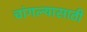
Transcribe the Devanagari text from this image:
चांगल्यासाठी